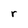
Character: r